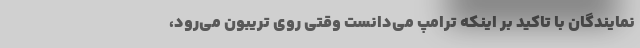
نمایندگان با تاکید بر اینکه ترامپ می‌دانست وقتی روی تریبون می‌رود،